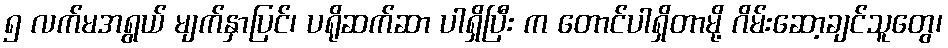
၅ လက်မအရွယ် မျက်နှာပြင်၊ ပရိုဆက်ဆာ ပါရှိပြီး က တောင်ပါရှိတာမို့ ဂိမ်းဆော့ချင်သူတွေ၊